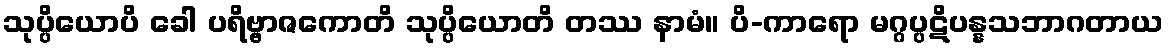
သုပ္ပိယောပိ ခေါ ပရိဗ္ဗာဇကောတိ သုပ္ပိယောတိ တဿ နာမံ။ ပိ-ကာရော မဂ္ဂပ္ပဋိပန္နသဘာဂတာယ